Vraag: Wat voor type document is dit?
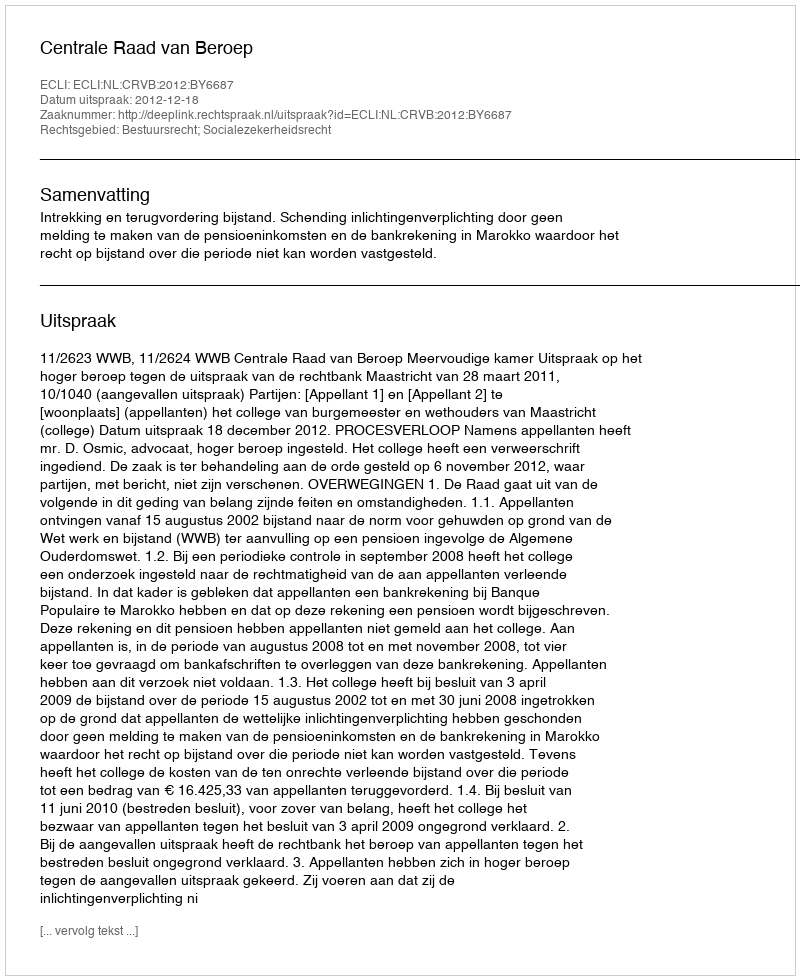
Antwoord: Uitspraak